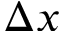
\Delta x